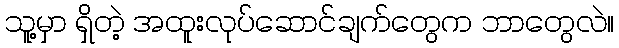
သူ့မှာ ရှိတဲ့ အထူးလုပ်ဆောင်ချက်တွေက ဘာတွေလဲ။